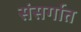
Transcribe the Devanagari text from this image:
संसर्गात